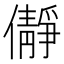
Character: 𫣺